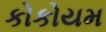
કોકોયમ